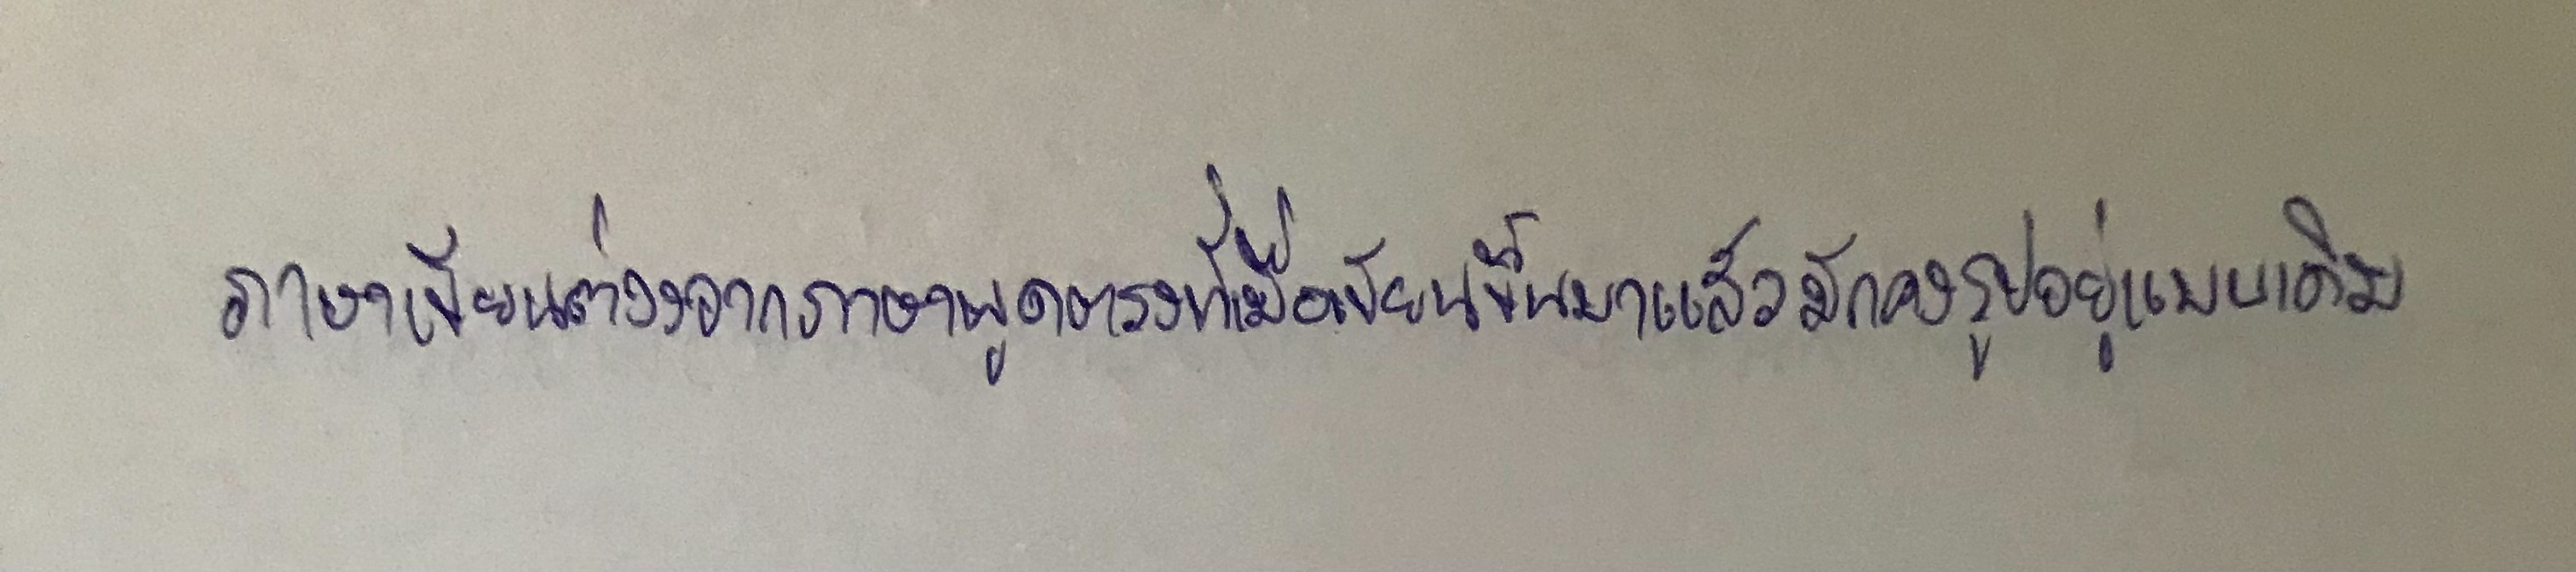
ภาษาเขียนต่างจากภาษาพูดตรงที่เมื่อเขียนขึ้นมาแล้วมักคงรูปอยู่แบบเดิม